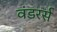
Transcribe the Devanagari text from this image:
वंडरर्स